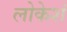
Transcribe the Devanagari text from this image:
लोकेशं